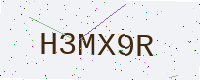
Text: H3MX9R